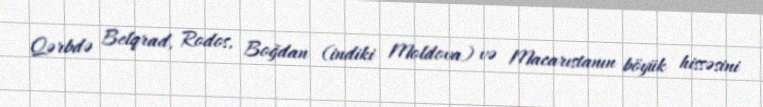
Qərbdə Belqrad, Rodos, Boğdan (indiki Moldova) və Macarıstanın böyük hissəsini